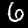
Digit: 6